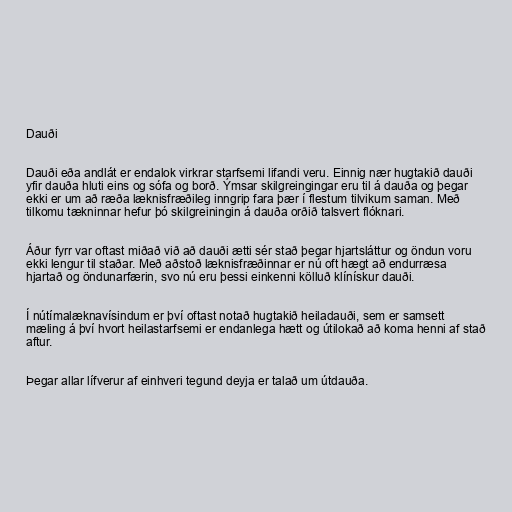
Dauði

Dauði eða andlát er endalok virkrar starfsemi lifandi veru. Einnig nær hugtakið dauði
yfir dauða hluti eins og sófa og borð. Ýmsar skilgreingingar eru til á dauða og þegar
ekki er um að ræða læknisfræðileg inngrip fara þær í flestum tilvikum saman. Með
tilkomu tækninnar hefur þó skilgreiningin á dauða orðið talsvert flóknari.

Áður fyrr var oftast miðað við að dauði ætti sér stað þegar hjartsláttur og öndun voru
ekki lengur til staðar. Með aðstoð læknisfræðinnar er nú oft hægt að endurræsa
hjartað og öndunarfærin, svo nú eru þessi einkenni kölluð klínískur dauði.

Í nútímalæknavísindum er því oftast notað hugtakið heiladauði, sem er samsett
mæling á því hvort heilastarfsemi er endanlega hætt og útilokað að koma henni af stað
aftur.

Þegar allar lífverur af einhveri tegund deyja er talað um útdauða.